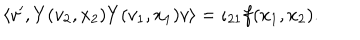
LaTeX: \left\langle v ^ { \prime } , Y ( v _ { 2 } , x _ { 2 } ) Y ( v _ { 1 } , x _ { 1 } ) v \right\rangle = \iota _ { 2 1 } f ( x _ { 1 } , x _ { 2 } ) .